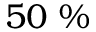
5 0 ~ \%